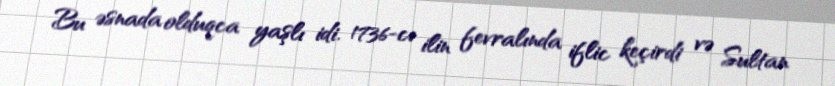
Bu əsnada olduqca yaşlı idi. 1736-cı ilin fevralında iflic keçirdi və Sultan